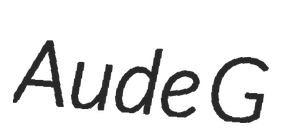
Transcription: Aude G